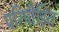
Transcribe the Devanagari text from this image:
परिपीड़ित